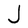
Character: J